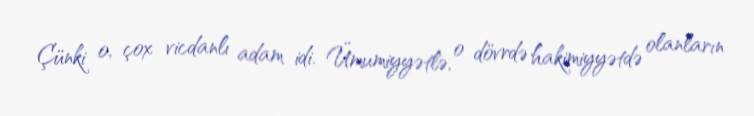
Çünki o, çox vicdanlı adam idi. Ümumiyyətlə, o dövrdə hakimiyyətdə olanların